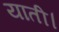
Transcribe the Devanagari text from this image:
याती।